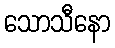
သောသီနော